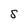
Character: S